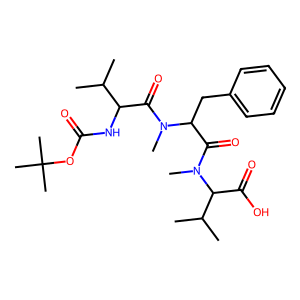
SMILES: CC(C)C(NC(=O)OC(C)(C)C)C(=O)N(C)C(Cc1ccccc1)C(=O)N(C)C(C(=O)O)C(C)C
Inhibits HIV replication: No